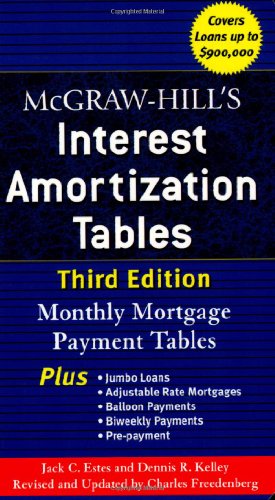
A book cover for McGraw-Hill's Interest Amortization Tables, Third Edition; Jack Estes; Business & Money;